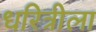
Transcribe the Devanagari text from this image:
धरित्रीला